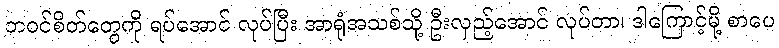
ဘဝင်စိတ်တွေကို ရပ်အောင် လုပ်ပြီး အာရုံအသစ်သို့ ဦးလှည့်အောင် လုပ်တာ၊ ဒါကြောင့်မို့ စာပေ